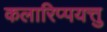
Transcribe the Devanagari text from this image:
कलारिप्पयत्तु